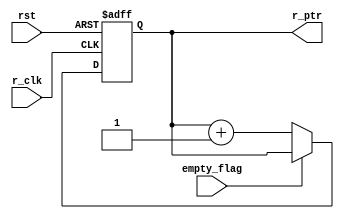
module read_pointer (
    input wire       r_clk,
    input wire       rst,
    input wire       empty_flag,
    output reg [3:0] r_ptr
);

always @(posedge r_clk or negedge rst) 
    begin
        if (!rst) 
            begin
                r_ptr<=4'b0;    
            end    
        else
            begin
                if (!empty_flag) 
                    begin
                        r_ptr<=r_ptr+4'b1;    
                    end
            end
    end

    
endmodule